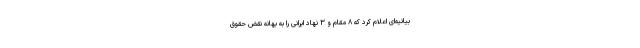
بیانیه‌ای اعلام کرد که ۸ مقام و ۳ نهاد ایرانی را به بهانه نقض حقوق